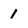
Character: 1